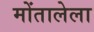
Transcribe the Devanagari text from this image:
मोंतालेला